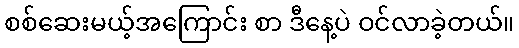
စစ်ဆေးမယ့်အကြောင်း စာ ဒီနေ့ပဲ ဝင်လာခဲ့တယ်။